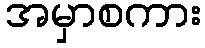
အမှာစကား